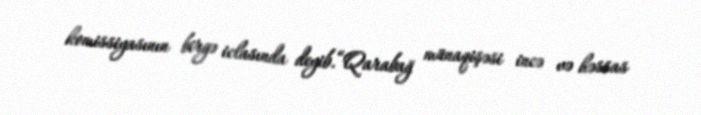
komissiyasının birgə iclasında deyib.“Qarabağ münaqişəsi incə və həssas